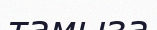
тамыза